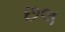
છલ